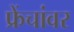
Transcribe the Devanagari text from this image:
फ्रेंचांवर